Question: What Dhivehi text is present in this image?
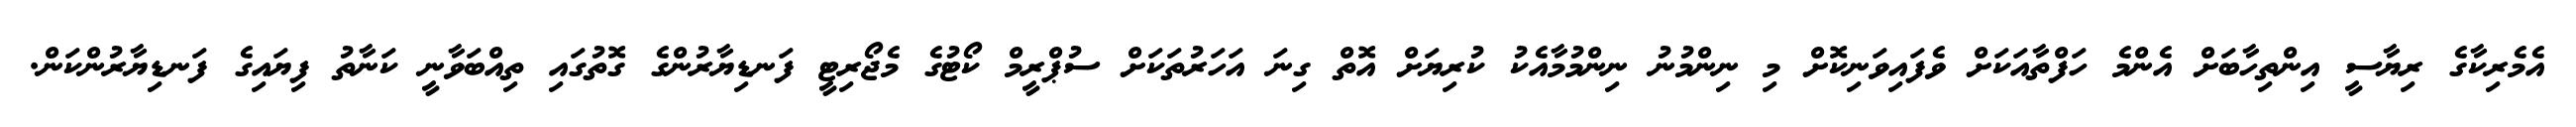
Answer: އެމެރިކާގެ ރިޔާސީ އިންތިހާބަށް އެންމެ ހަފްތާއަކަށް ވެފައިވަނިކޮށް މި ނިންމުނު ނިންމުމާއެކު ކުރިޔަށް އޮތް ގިނަ އަހަރުތަކަށް ސުޕްރީމް ކޯޓުގެ މެޖޯރިޓީ ފަނޑިޔާރުންގެ ގޮތުގައި ތިއްބަވާނީ ކަނާތު ފިޔައިގެ ފަނޑިޔާރުންކަން.